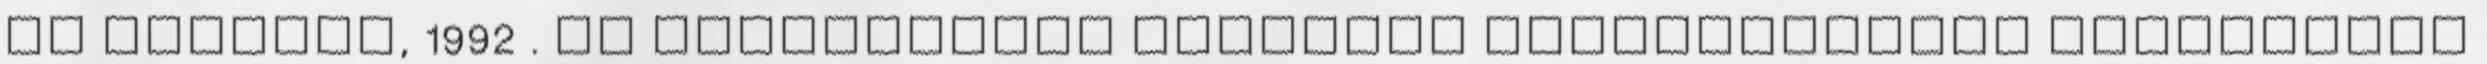
és Fischer, 1992 . Az egybehangzó kutatási tapasztalatok támogatják